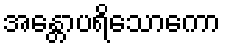
အန္တောပရိသောကော